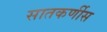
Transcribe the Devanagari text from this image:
सातकर्णीस